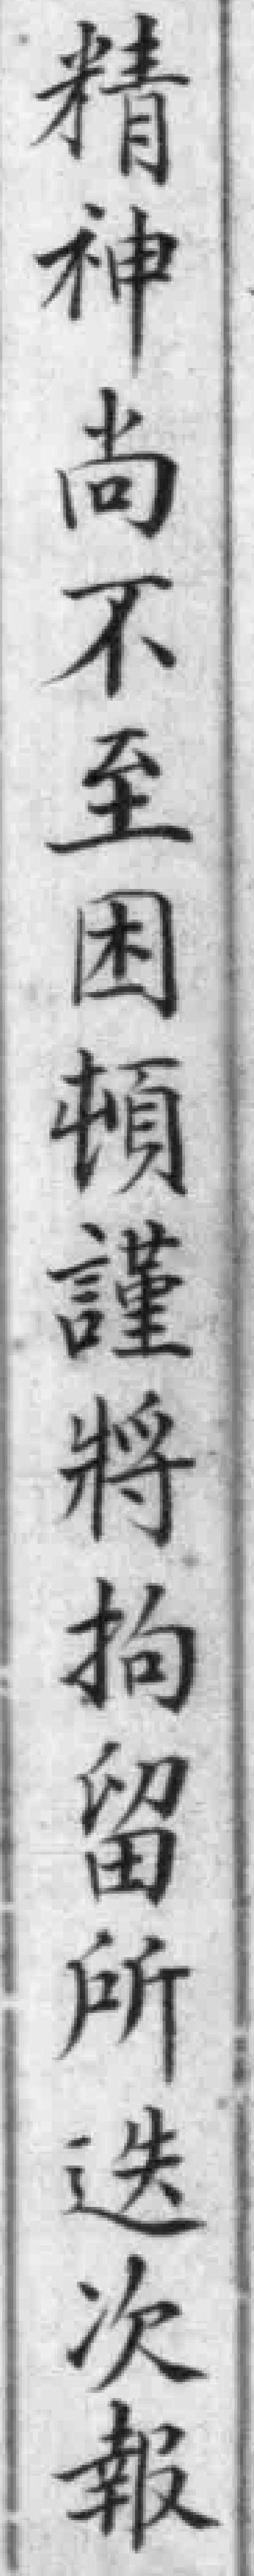
精神尚不至困頓謹將拘留所迭次報